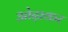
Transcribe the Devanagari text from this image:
ओढ़ाकर